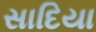
સાદિયા